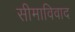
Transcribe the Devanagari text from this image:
सीमाविवाद